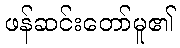
ဖန်ဆင်းတော်မူ၏